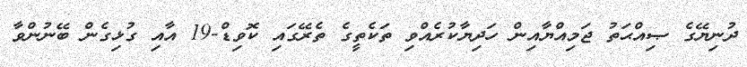
ދުނިޔޭގެ ޞިއްޙަތު ޖަމިއްޔާއިން ހަދިޔާކުރެއްވި ތަކެތީގެ ތެރޭގައި ކޮވިޑް-19 އާއި ގުޅިގެން ބޭނުންވާ